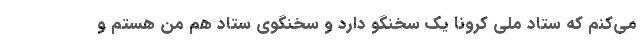
می‌کنم که ستاد ملی کرونا یک سخنگو دارد و سخنگوی ستاد هم من هستم و